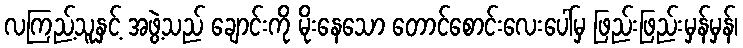
လကြည့်သူနှင့် အဖွဲ့သည် ချောင်းကို မိုးနေသော တောင်စောင်းလေးပေါ်မှ ဖြည်းဖြည်းမှန်မှန်၊